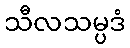
သီလသမ္ပဒံ